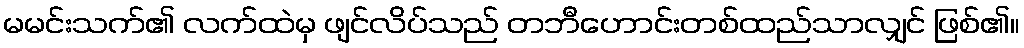
မမင်းသက်၏ လက်ထဲမှ ဖျင်လိပ်သည် တဘီဟောင်းတစ်ထည်သာလျှင် ဖြစ်၏။